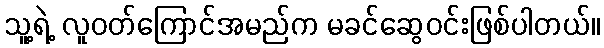
သူ့ရဲ့ လူဝတ်ကြောင်အမည်က မခင်ဆွေဝင်းဖြစ်ပါတယ်။